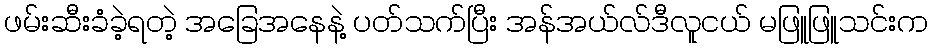
ဖမ်းဆီးခံခဲ့ရတဲ့ အခြေအနေနဲ့ ပတ်သက်ပြီး အန်အယ်လ်ဒီလူငယ် မဖြူဖြူသင်းက